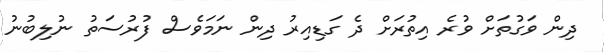
ދިން ވަގުތަށް ވުރެ އިތުރަށް ދެ ގަޑިއިރު ދިން ނަމަވެސް ފުރުސަތު ނުލިބުނު